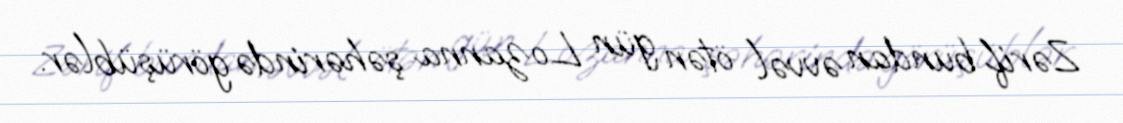
Zərif bundan əvvəl ötən gün Lozanna şəhərində görüşüblər.